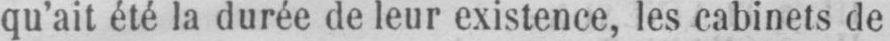
qu’ait été la durée de leur existence, les cabinets de